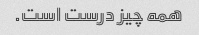
همه چیز درست است.